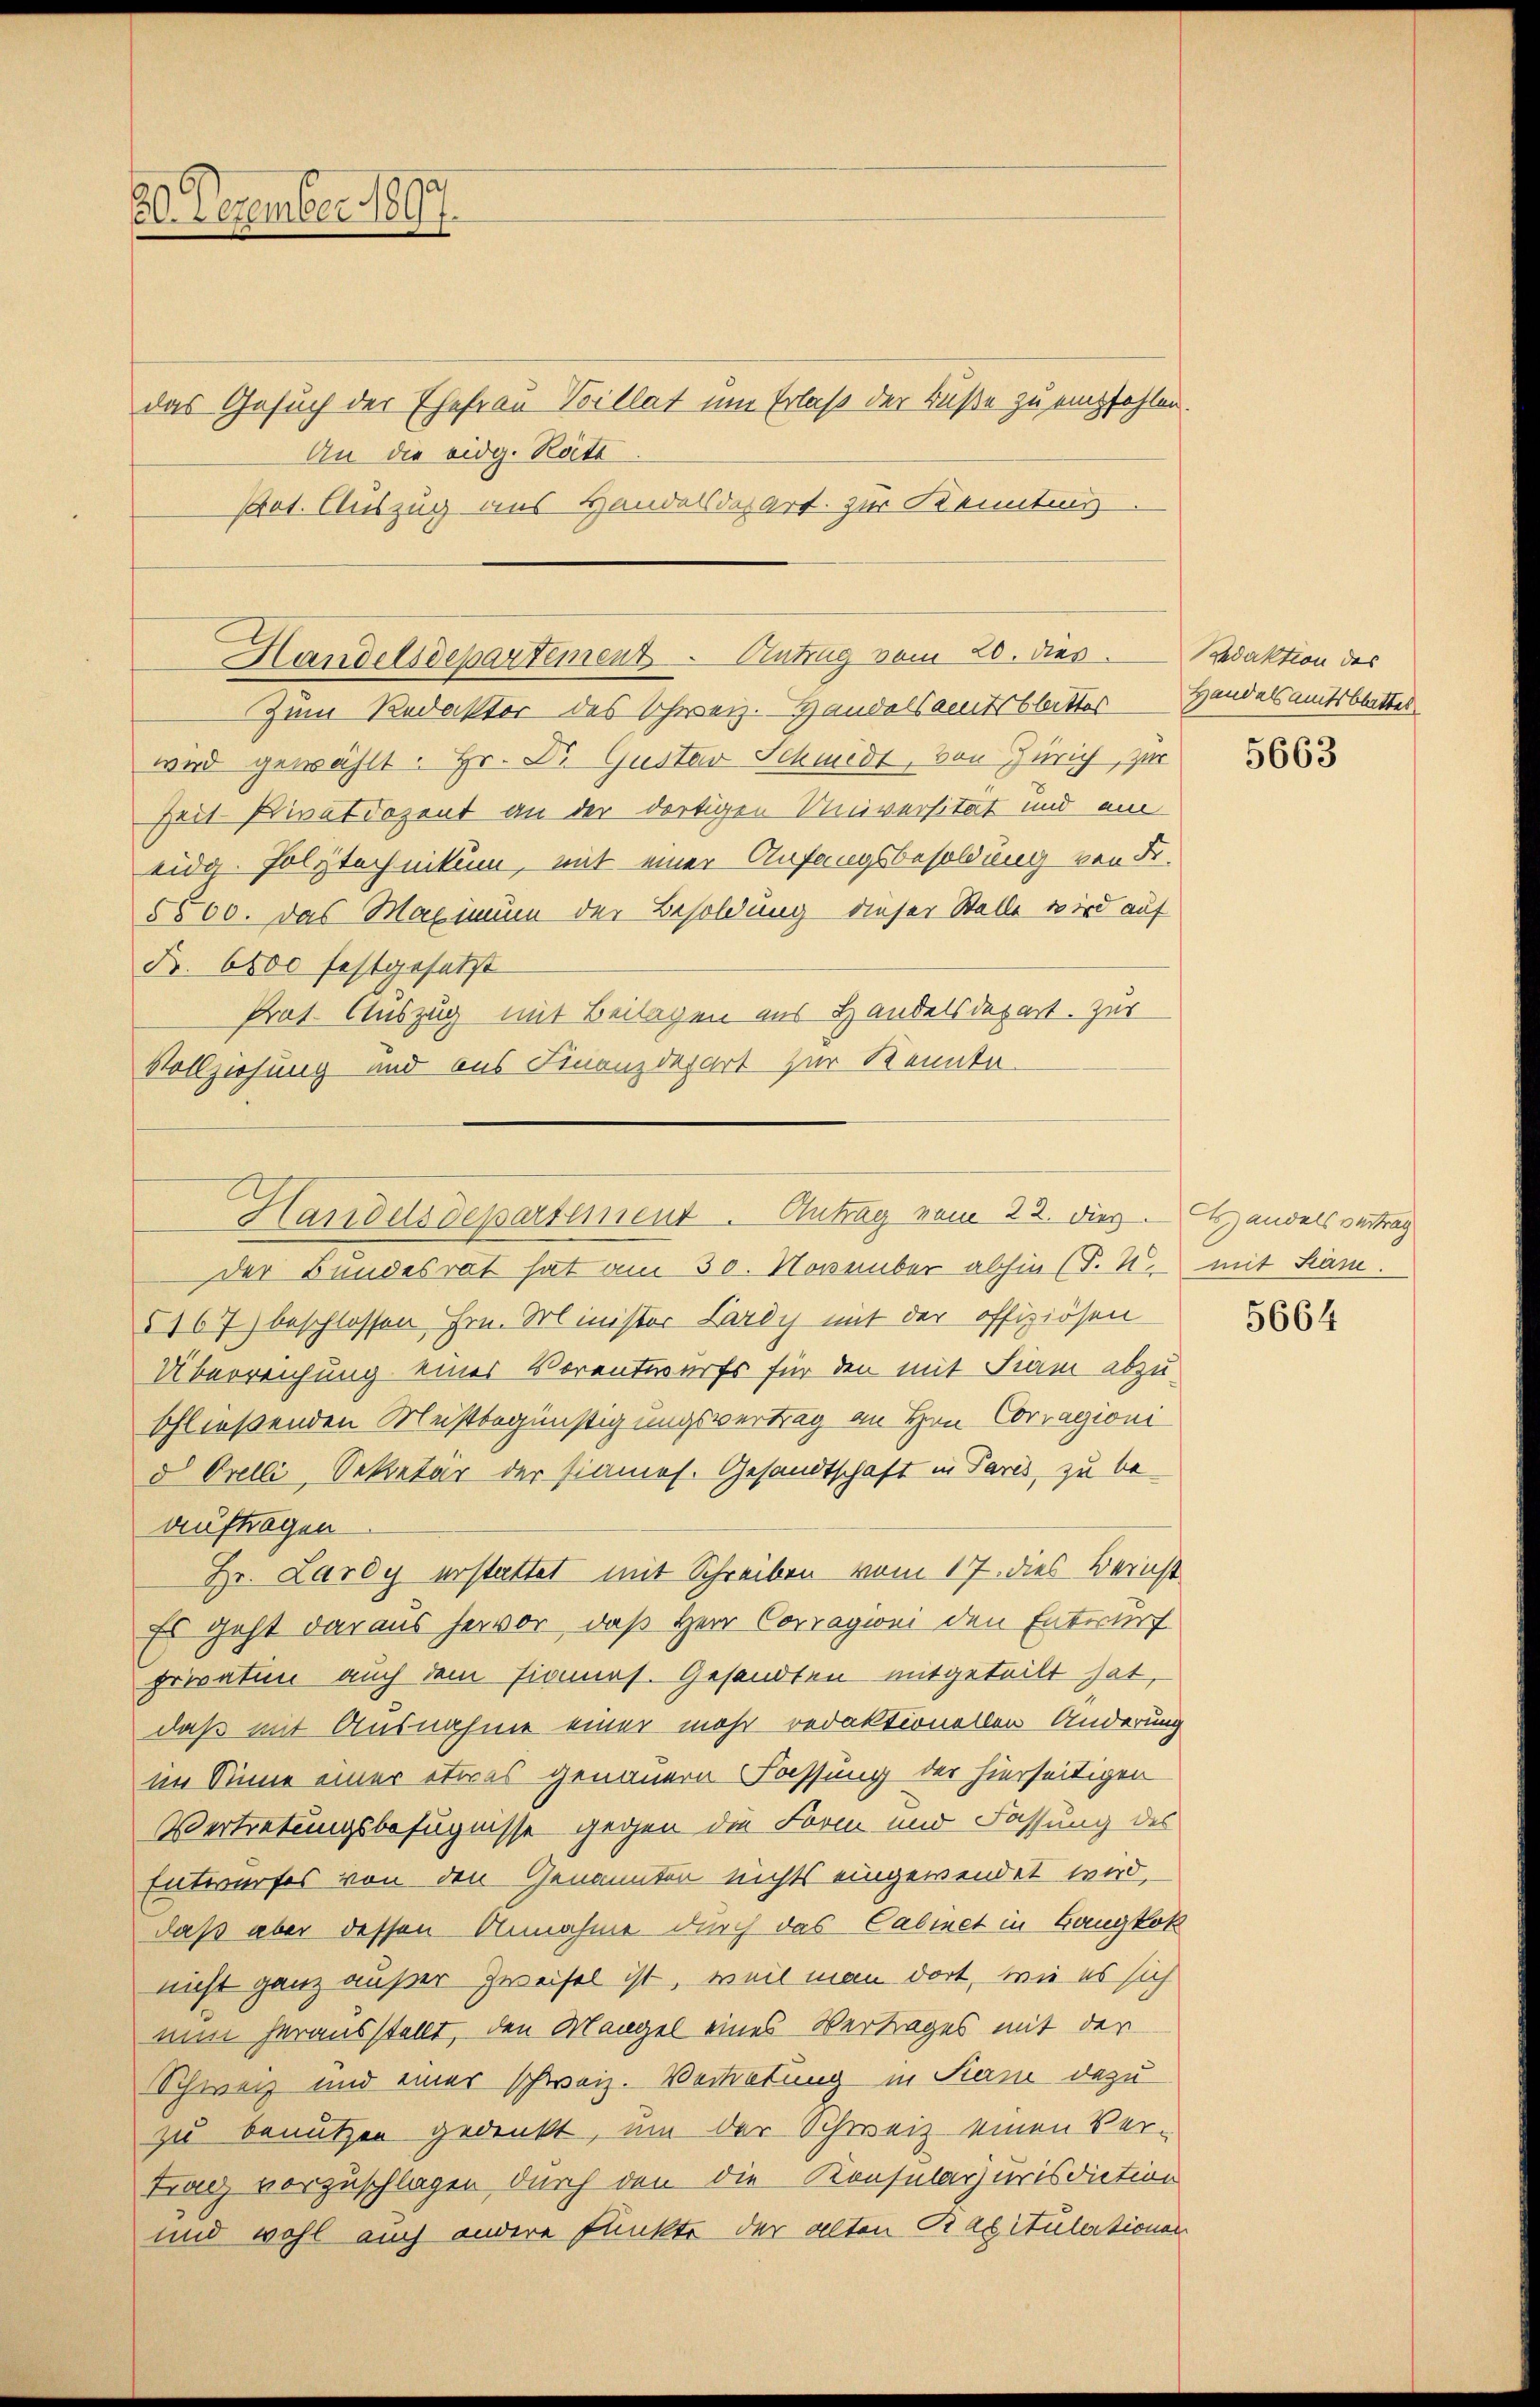
26. Dezember 1897.

das Gesuch der Ehefrau Billat um Erlaß der Buße zu empfehlen.
An die eidg. Räte
Pot. Auszug aus Handelsdozart zur Kenntnis

5167) beschlossen Hrn. Minister Lardy mit der offiziösen
Überreichung eines Vorentwurfs für den mit Fiam abzuschließenden Meistbegünstigungsvertrag an Hrn. Corragioni
d Orelli, Sekretär der sianos. Gesandtschaft in Paris, zu be
auftragen
Hr. Lardy erstattet mit Schreiben vom 17. dies Bernst
Es geht daraus hervor, daß Herr Corragwei den Entwurf
privaten auch dem Einnas. Gesandten mitgeteilt hat,
daß mit Ausnahme einer mehr redaktionellen Änderung
im Sinne einer etwas genauern Fassung der hierseitigen
Vertretungsbefugnisse gegen die Form und Fassung des
Entwurfes von den Genannten nichts eingewendet wird.
daß aber dessen Annahme durch das Cabinet in Bangkok
nicht ganz außer Zweifel ist, weil man dort, wie es sich
nun herausstellt, den Mangel eines Vertrages mit der
Schweiz und einer schweiz. Vertretung in Stand dazu
zu benutzen gedenkt, um der Schweiz einen Ver-
trag vorzuschlagen durch den die Konsularjurisdiction
und wohl auch andere Funkte der alten Rapitulationen

Handelsdepartement. Antrag vom 20. dies
Zum Redakter des Schweiz. Handelsamtsblitter

wird gewählt. Hr. Dr. Gustav Schmidt, von Zürich, zur
Zeit Privatdozent an der dortigen Universität und ein
eidg. Polytechnikum, mit einer Anfangsbesoldung von Fr.

5500. Das Maximum der Besoldung dieser Stelle wird auf
B. 6800 festgesetzt
Prat. Auszug mit Beilagen aus Handelsdepart. Zur
Vollziehung und aus Finanzdepart zur Kennta-

Handelsdepartement. Antrag vom 22. dies. Handels vertrag
der Bundesrat hat am 30. November abhin (S. 4.

redaktion des
Handelsamtsblattes

5663

mit San.

5664